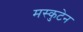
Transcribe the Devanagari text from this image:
मस्कुटेन